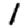
Digit: 1